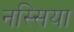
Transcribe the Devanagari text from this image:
नस्सिया